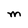
Character: M